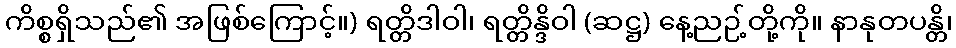
ကိစ္စရှိသည်၏ အဖြစ်ကြောင့်။) ရတ္တိဒါဝါ၊ ရတ္တိန္ဒိဝါ (ဆဋ္ဌ) နေ့ညဉ့်တို့ကို။ နာနုတပန္တိ၊